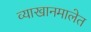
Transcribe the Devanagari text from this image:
व्याखानमालेत